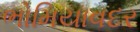
ભોમિયાવદર